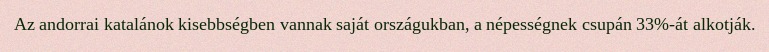
Az andorrai katalánok kisebbségben vannak saját országukban, a népességnek csupán 33%-át alkotják.